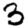
Digit: 3